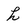
Character: h